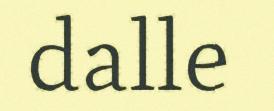
dalle